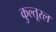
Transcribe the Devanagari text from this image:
कुल्तूरल